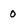
Character: 0